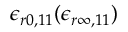
\epsilon _ { r 0 , 1 1 } ( \epsilon _ { r \infty , 1 1 } )